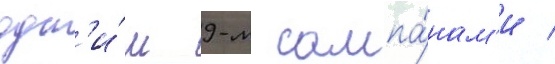
одн'и́м 9-м сампа́нам'и /